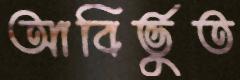
আবির্ভুত